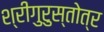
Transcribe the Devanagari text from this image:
श्रीगुरुस्तोत्र